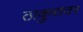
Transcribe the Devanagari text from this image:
ठाकुरावर